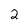
Character: 2